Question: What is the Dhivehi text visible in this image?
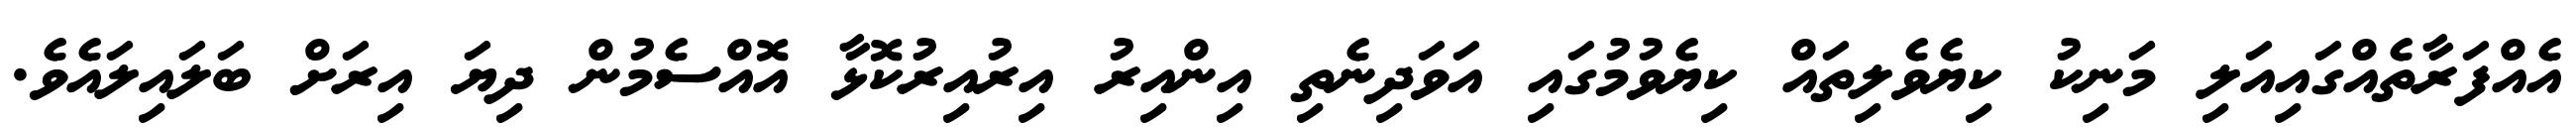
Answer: އެއްފަރާތެއްގައިއަލި މަނިކު ކިޔެވެލިތައް ކިޔެވުމުގައި އަވަދިނެތި އިންއިރު އިރުއިރުކޮޅާ އޮއްސެމުން ދިޔަ އިރަށް ބަލައިލައެވެ.